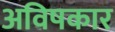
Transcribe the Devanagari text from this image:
अविषकार